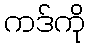
ကဒ်ကို